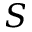
S